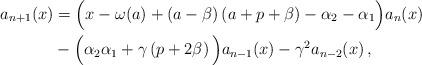
LaTeX: \begin{align*} a_{n+1}(x)&=\Big(x-\omega(a)+\left(a-\beta \right)\left(a+p+\beta \right) - \alpha_{2}-\alpha_{1}\Big) a_n(x)\\ &-\Big( \alpha_{2}\alpha_{1}+\gamma\left(p+2\beta \right) \Big)a_{n-1}(x) -\gamma^2 a_{n-2}(x)\, ,\; \end{align*}